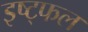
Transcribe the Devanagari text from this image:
इष्ट्फल